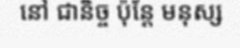
នៅ ជានិច្ច ប៉ុន្តែ មនុស្ស